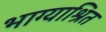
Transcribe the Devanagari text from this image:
भाग्याश्रित